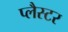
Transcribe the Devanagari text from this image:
प्लैस्टर